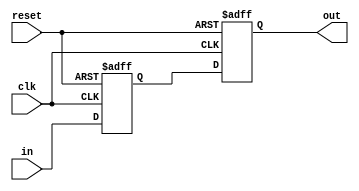
module synchronizer(
    input clk,
    input reset,
    input [WIDTH-1:0] in,   // The signal comming from outside the clock domain
    output [WIDTH-1:0] out  // The synchronized signal
);

parameter WIDTH = 1;
parameter DEPTH = 2;

reg [WIDTH-1:0] stages [DEPTH-1:0];

genvar i;
generate 
    for(i = 0; i < DEPTH; i++) begin
        always @(posedge clk or negedge reset) begin
            if(!reset) begin
                stages[i] <= {(WIDTH){1'b0}};
            end
            else begin
                if(i == 0) begin
                    stages[i] <= in;
                end
                else begin
                    stages[i] <= stages[i-1];
                end
            end
        end
    end
endgenerate


assign out = stages[DEPTH - 1];


endmodule